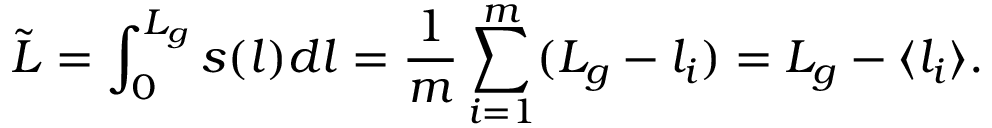
\tilde { L } = \int _ { 0 } ^ { L _ { g } } s ( l ) d l = \frac { 1 } { m } \sum _ { i = 1 } ^ { m } ( L _ { g } - l _ { i } ) = L _ { g } - \langle { l _ { i } } \rangle { } .